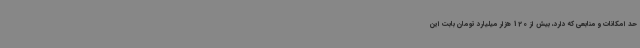
حد امکانات و منابعی که دارد، بیش از 120 هزار میلیارد تومان بابت این